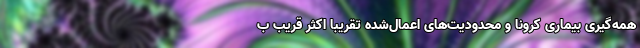
همه‌گیری بیماری کرونا و محدودیت‌های اعمال‌شده تقریباً اکثر قریب ب